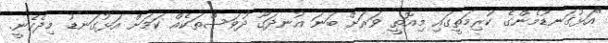
"އަޅުގަނޑުމެންގެ ކުރިމަތީގައި މިއޮތީ ވަރަށް ބަނަ އުނދަގޫ ދުވަސްތަކެއް ކަމަށް އަޅުގަނޑު މިދެކެނީ.